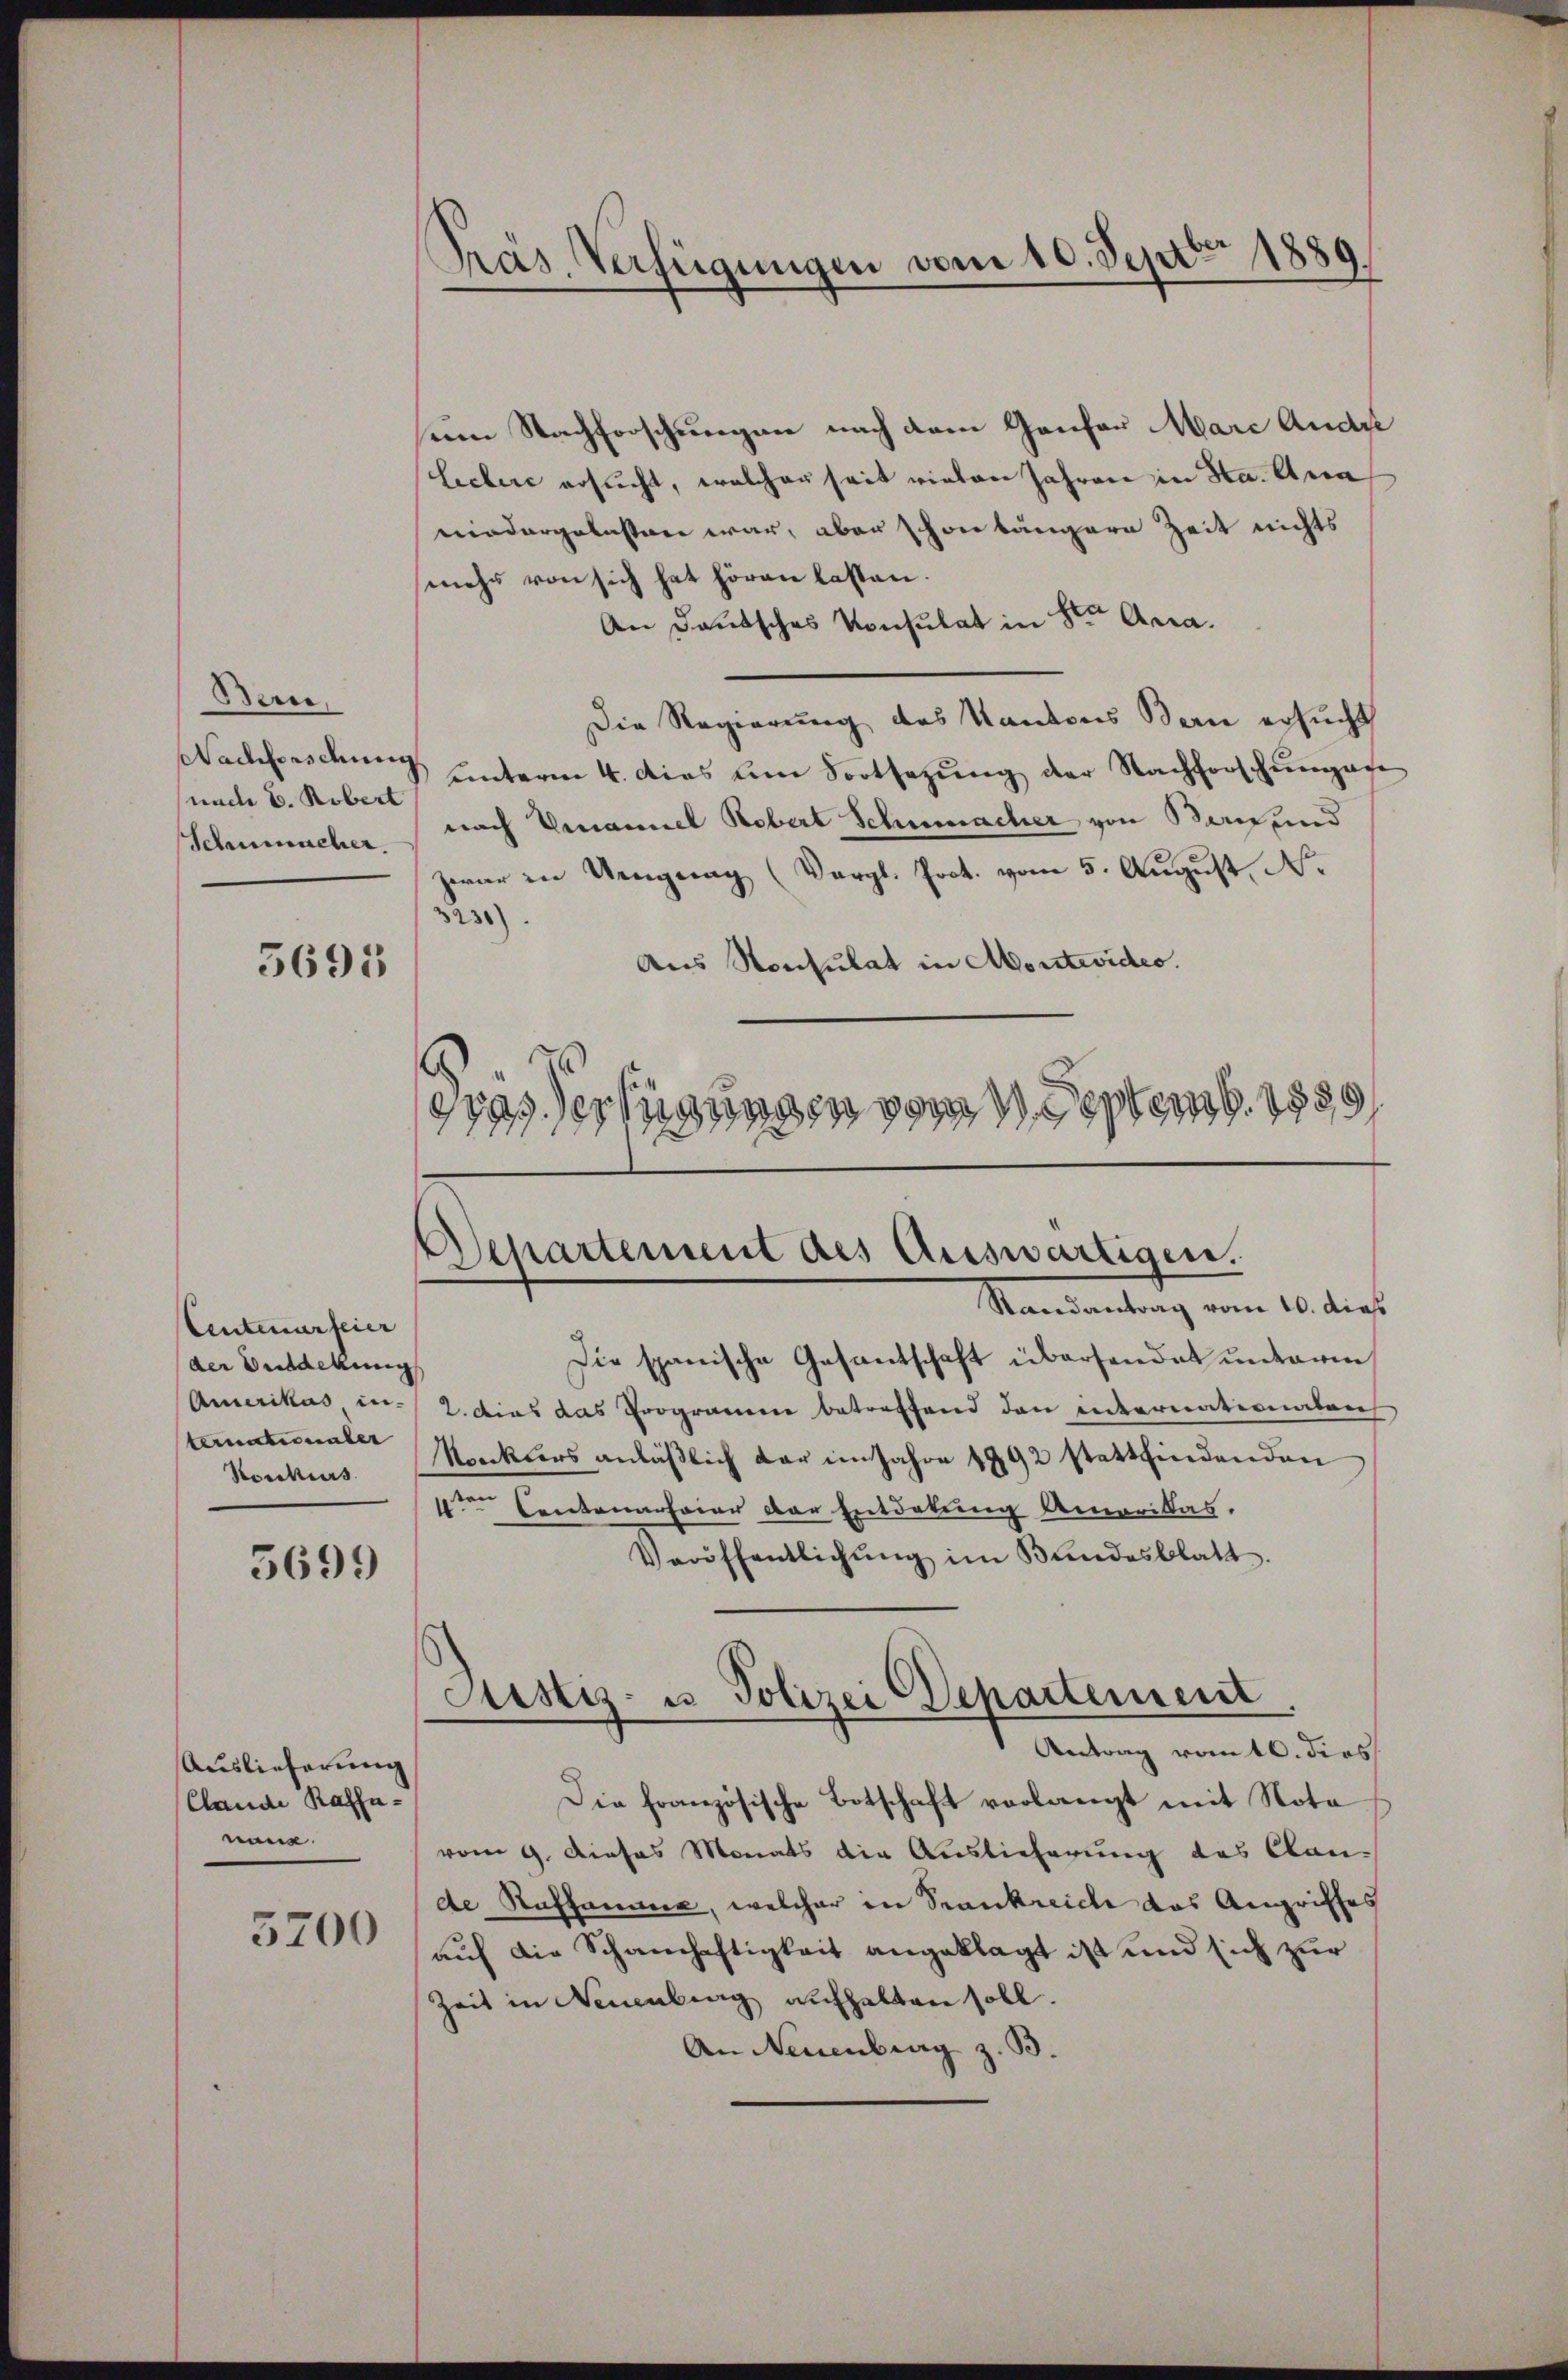
Bern,
Nachfors demie
unde E. Robert
Schenmacher.

5695

Centenarfeier
der Bedekung
Amerikas in-
ternationaler
Stockens.

5699

Auslieferung
Clande Kaffenone.

3200

Pras. Verfügungen vom 10. Sept. 1889

um Nachforschungen nach dem Ganton Marc Ande
lichere ersucht, welcher seit vielen Jahren in Sta. Aca
niedergelasten war, aber schon längere Zeit nichts
mehr von sich hat hören lasten.
An Deutsches Konsulat in St. Aca¬
Die Regierung des Kantons Bern ersucht
 unterm 4. dies am Fortsezung der Nachforschungese
nach Venannel Robert Schumacher von Bau und
zwar in Ungung (Vergl. Joct. vom 5. August, N.
3230)
Aus Konsulat in Abontevideo.
etas erfügungen vom Septemb. 1889

Departement des Auswärtigen.
Randantrag vom 10. das

Die spanische Gesantschaft übersendet unterm
2. dies das Programme betreffend den internationabens
Sockers anläβlich dar im Jahre 1992 stattfindenden
4ten Cantonarfeier der Entdekung Amerikas,
Veröffentlichŭng im Bundesblatt
Die französische Botschaft verlangt mit Nota
vom 9. Dieses Monats die Auslieferung des Cande Rufsamme, welcher in Trankreiche das Angriffes
auf die Schanhaftigkeit angeklagt ist und sich zur
Zeit in Neuenburg aufhalten soll.
An Neuenburg z. B.

Justiz- u Polizei Departement
Antrag vom 16. dies